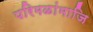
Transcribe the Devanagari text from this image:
परिमळांमाजि